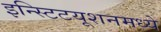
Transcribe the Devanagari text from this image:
इन्स्टिटयूशनमध्ये